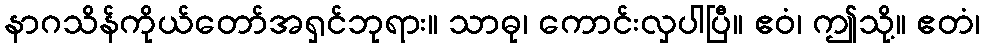
နာဂသိန်ကိုယ်တော်အရှင်ဘုရား။ သာဓု၊ ကောင်းလှပါပြီ။ ဧဝံ၊ ဤသို့။ ဧတံ၊